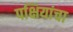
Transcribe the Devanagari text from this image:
पक्षियांचा